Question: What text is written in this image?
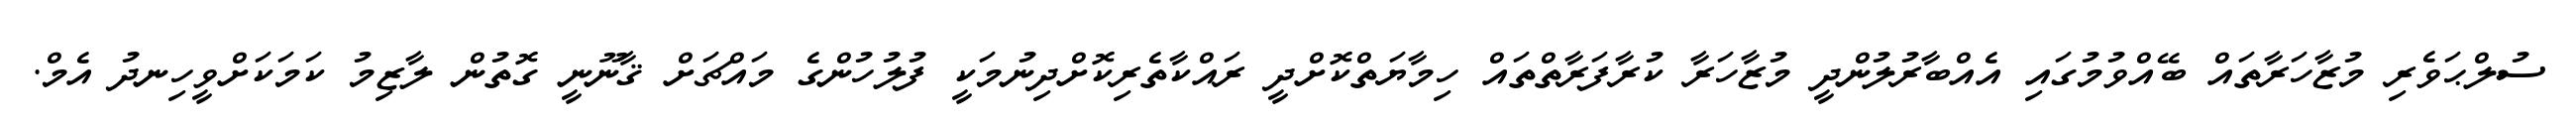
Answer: ސުލްޙަވެރި މުޒާހަރާތައް ބޭއްވުމުގައި އެއްބާރުލުންދީ މުޒާހަރާ ކުރާފަރާތްތައް ހިމާޔަތްކޮށްދީ ރައްކާތެރިކޮށްދިނުމަކީ ފުލުހުންގެ މައްޗަށް ޤާނޫނީ ގޮތުން ލާޒިމު ކަމަކަށްވީހިނދު އެމް.